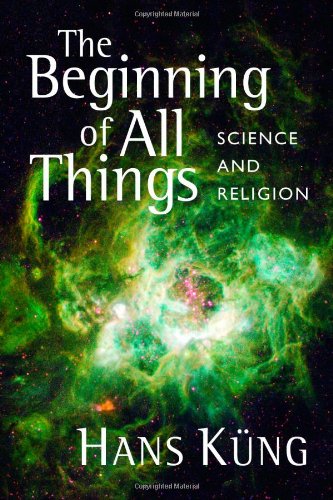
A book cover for The Beginning of All Things: Science and Religion; Hans KÃ¼ng; Christian Books & Bibles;